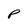
Character: P